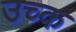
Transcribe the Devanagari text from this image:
उच्क